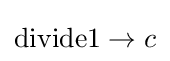
\operatorname {divide1} \rightarrow c